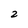
Character: 2